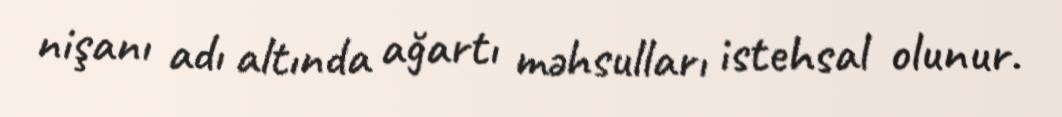
nişanı adı altında ağartı məhsulları istehsal olunur.